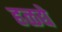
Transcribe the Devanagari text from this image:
हळद्ये